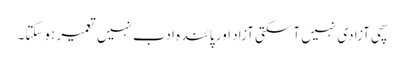
سچی آزادی نہیں آسکتی آزاد اور پائندہ ادب نہیں تعمیر ہوسکتا۔